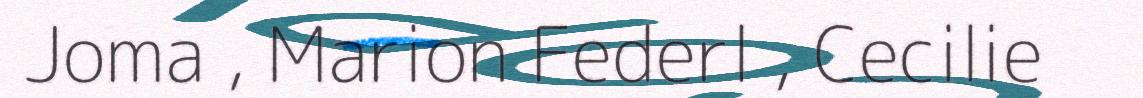
Joma , Marion Federl , Cecilie